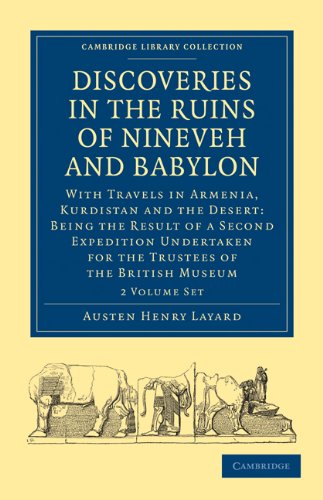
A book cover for Discoveries in the Ruins of Nineveh and Babylon 2 Volume Paperback Set: With Travels in Armenia, Kurdistan and the Desert: Being the Result of a ... (Cambridge Library Collection - Archaeology); Austen Henry Layard; Travel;